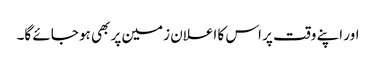
اور اپنے وقت پر اس کا اعلان زمین پر بھی ہو جائے گا۔